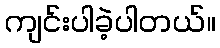
ကျင်းပါခဲ့ပါတယ်။